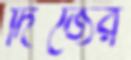
দিজের